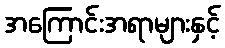
အကြောင်းအရာများနှင့်